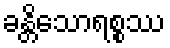
ခန္တိသောရစ္စဿ